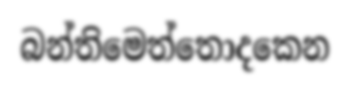
බන්තිමෙත්තොදකෙන